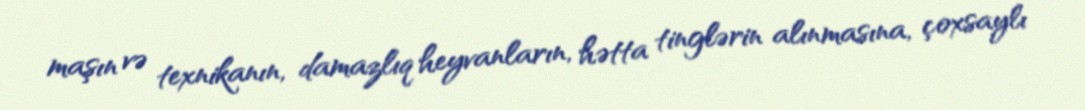
maşın və texnikanın, damazlıq heyvanların, hətta tinglərin alınmasına, çoxsaylı